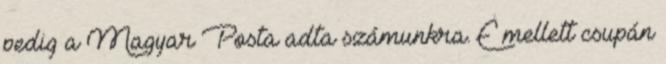
pedig a Magyar Posta adta számunkra. E mellett csupán